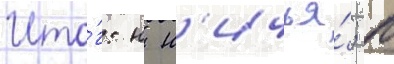
Ито́г: н н'ичья́; п